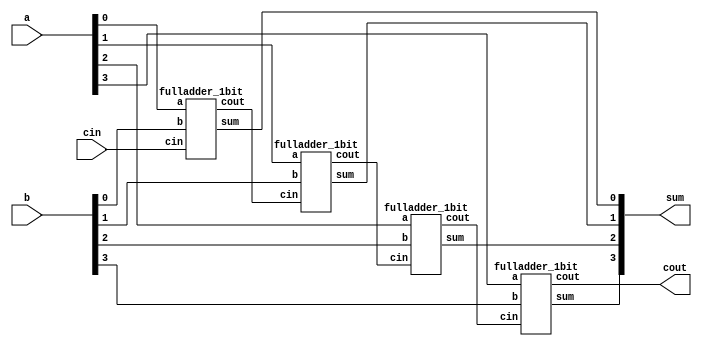
module fulladder_4bit(a, b, cin, sum, cout);
	input [3:0] a, b;
	input cin;
	output [3:0] sum;
	output cout;
	
	// use wire to store carry
	wire [2:0] c;
	
	// use four fulladder_1bit instances
	// each one uses its previous output to make its output
	
	/*
	integer K = 4;
	always @(*)
		for(i = 0; i < K; i=i+1)
		begin
			if(i == 0)
				begin
					fulladder_1bit F(a[0], b[0], cin, sum[0], c[0]);
				end
			if(i == K - 1)
				begin
					fulladder_1bit F(a[i], b[i], c[i-1], sum[i], cout);
				end
			else
				begin
					fulladder_1bit F(a[i], b[i], c[i-1], sum[i], c[i]);
				end
		end
	*/
	
	fulladder_1bit F1(a[0], b[0], cin, sum[0], c[0]);
	fulladder_1bit F2(a[1], b[1], c[0], sum[1], c[1]);
	fulladder_1bit F3(a[2], b[2], c[1], sum[2], c[2]);
	fulladder_1bit F4(a[3], b[3], c[2], sum[3], cout);

endmodule

module fulladder_1bit(a, b, cin, sum, cout);
    input a, b, cin;
    output sum, cout;
    wire s1, c1, c2;
    
    xor g1(s1, a, b);
    and g2(c1, a, b);
    and g3(c2, s1, cin);
    xor g4(sum, s1, cin);
    xor g5(cout, c1, c2);
    
endmodule